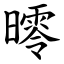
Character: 㬡